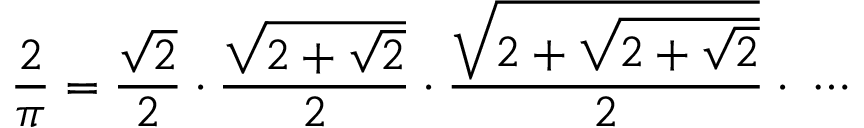
{ \frac { 2 } { \pi } } = { \frac { \sqrt { 2 } } { 2 } } \cdot { \frac { \sqrt { 2 + { \sqrt { 2 } } } } { 2 } } \cdot { \frac { \sqrt { 2 + { \sqrt { 2 + { \sqrt { 2 } } } } } } { 2 } } \cdot \; \cdots